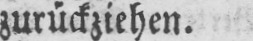
zurückziehen.